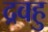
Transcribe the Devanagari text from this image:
द्रवहु